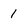
Character: 1